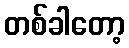
တစ်ခါတော့